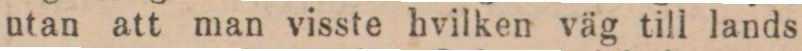
utan att man visste hvilken väg till lands